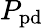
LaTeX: P_{\mathrm{pd}}